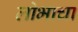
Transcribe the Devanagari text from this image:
लोभाचा